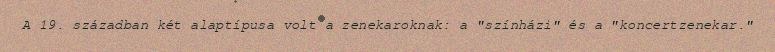
A 19. században két alaptípusa volt a zenekaroknak: a "színházi" és a "koncertzenekar."